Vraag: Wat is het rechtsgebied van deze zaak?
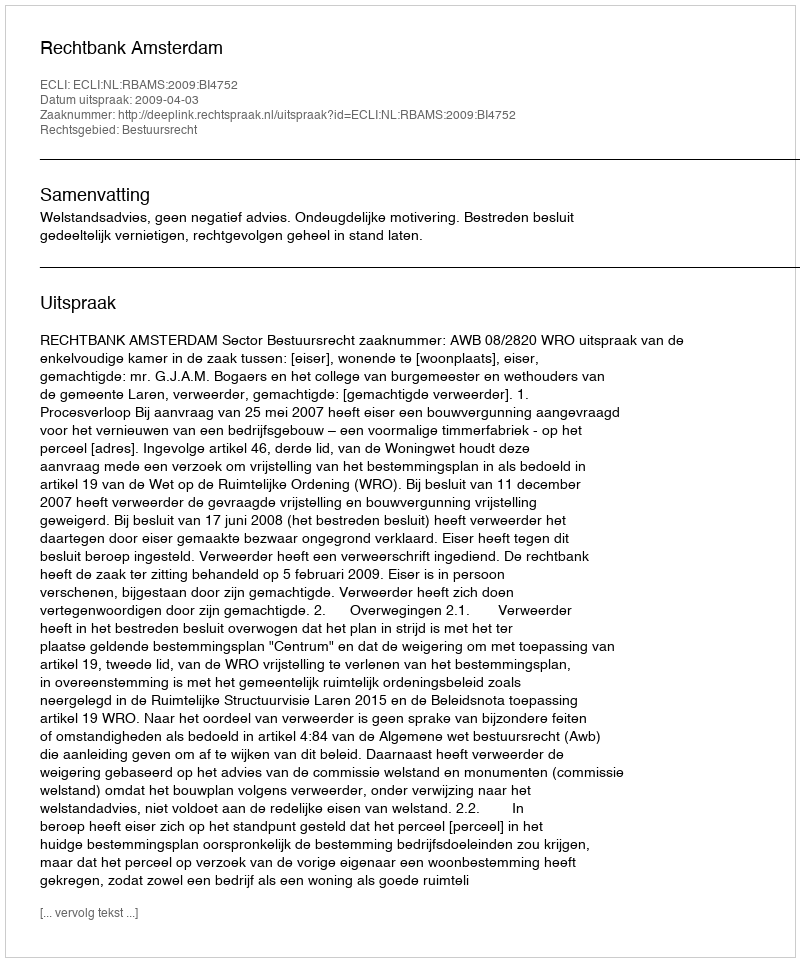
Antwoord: Bestuursrecht